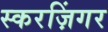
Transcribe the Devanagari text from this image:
स्करज़िंगर